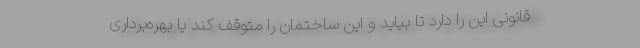
قانونی این را دارد تا بیاید و این ساختمان را متوقف کند یا بهره‌برداری